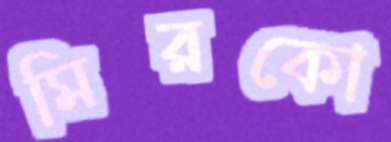
মিরকো